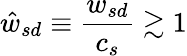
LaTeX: \hat{w}_{sd}\equiv\frac{w_{sd}}{c_{s}}\gtrsim 1